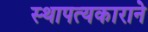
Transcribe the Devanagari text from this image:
स्थापत्यकाराने